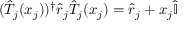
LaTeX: ( { \hat { T } } _ { j } ( x _ { j } ) ) ^ { \dagger } { \hat { r } } _ { j } { \hat { T } } _ { j } ( x _ { j } ) = { \hat { r } } _ { j } + x _ { j } { \hat { \mathbb { I } } }